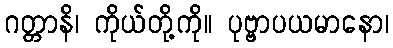
ဂတ္တာနိ၊ ကိုယ်တို့ကို။ ပုဗ္ဗာပယမာနော၊